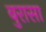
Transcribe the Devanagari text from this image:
बुरासा